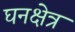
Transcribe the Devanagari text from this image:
घनक्षेत्र